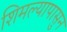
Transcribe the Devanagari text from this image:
शिमल्यापासुन